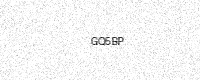
Text: GQ5BP